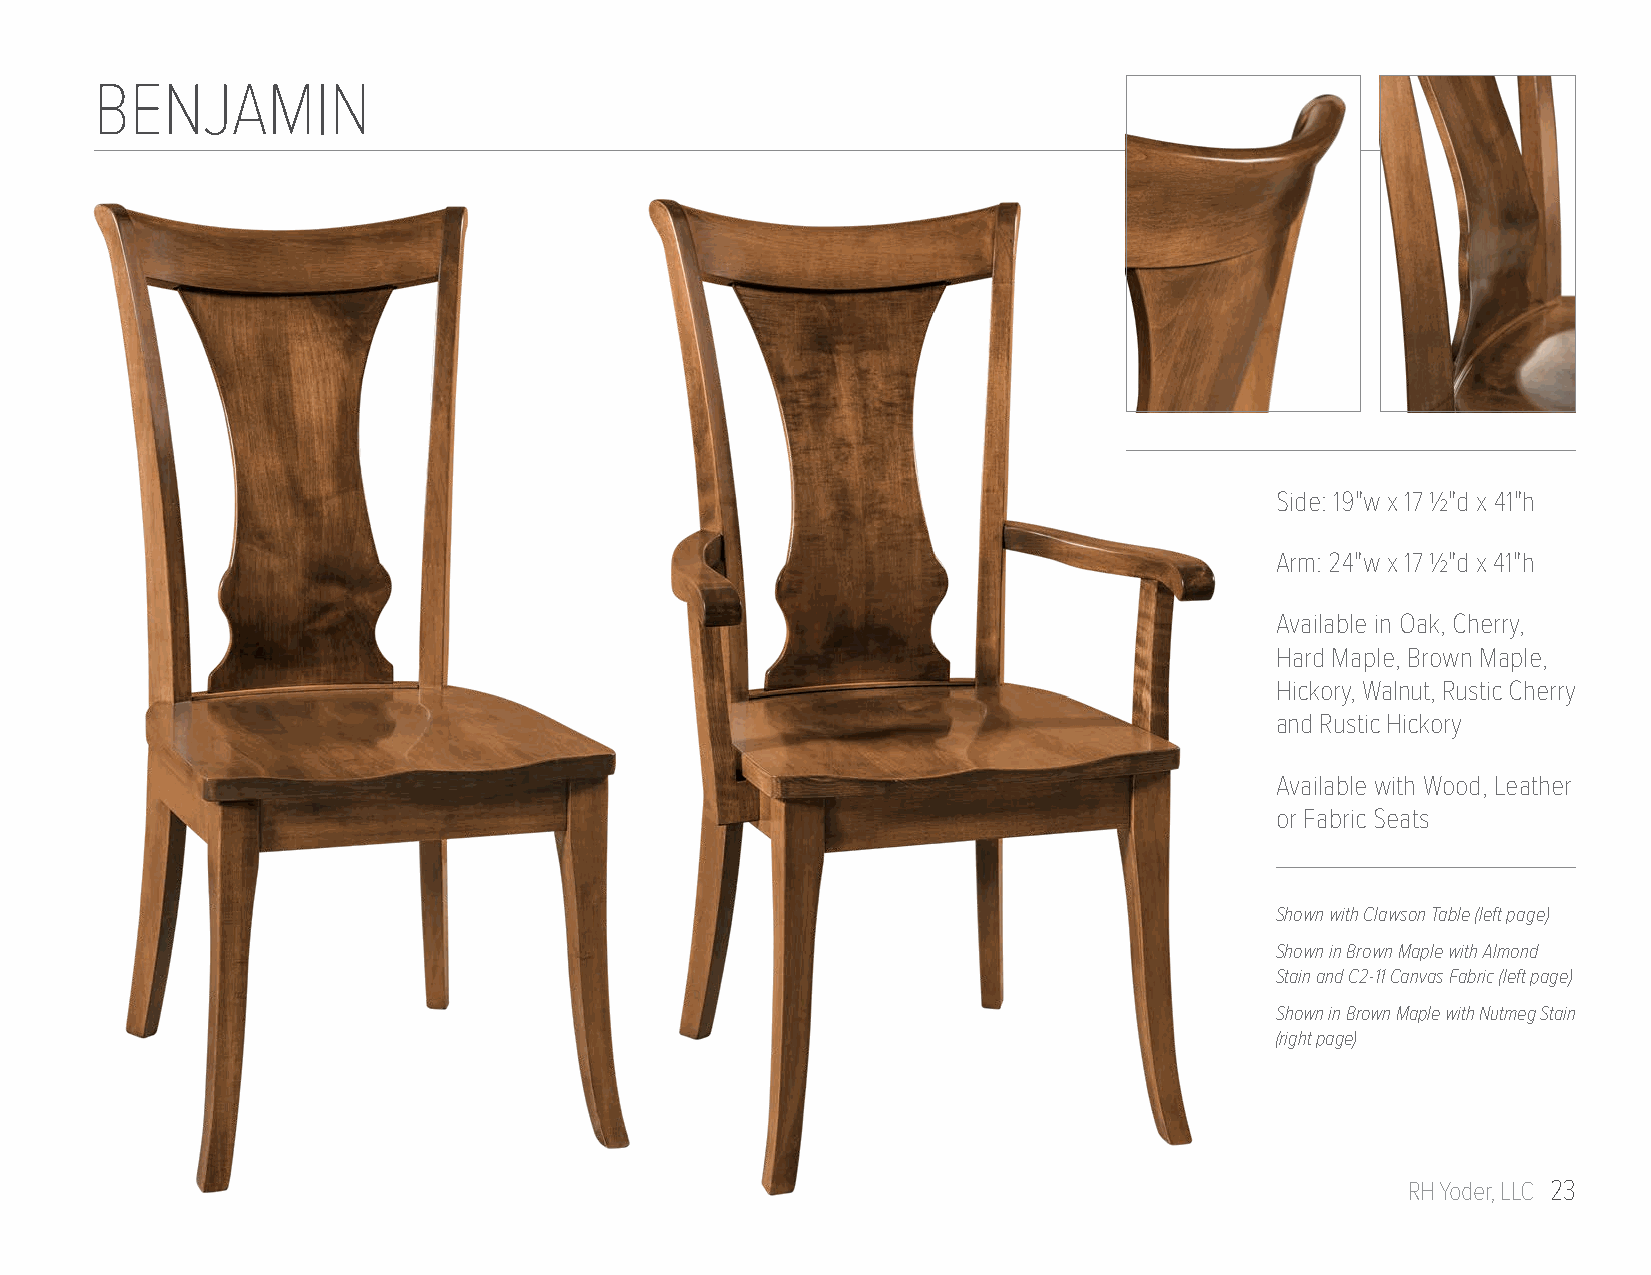
BENJAMIN
 Side: 19"w x 17 1/2"d x 41"h
 Arm: 24"w x 17 1/2"d x 41"h
 Available in Oak, Cherry,
 Hard Maple, Brown Maple,
 Hickory, Walnut, Rustic Cherry
 and Rustic Hickory
 Available with Wood, Leather
 or Fabric Seats
 Shown with Clawson Table (left page)
 Shown in Brown Maple with Almond
 Stain and C2-11 Canvas Fabric (left page)
 Shown in Brown Maple with Nutmeg Stain
 (right page)
 RH Yoder, LLC 23